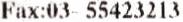
FAX:03- 55423213